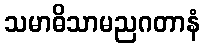
သမာဓိသာမညဂတာနံ